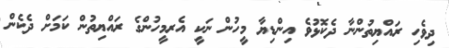
ދިވެހި ރައްޔިތުންނާ ދެކޮޅުވެ އިންޑިޔާ މީހުން ނަކީ އެރމީހުންގެ ރައްޔިތުން ކަމަށް ދެކެން